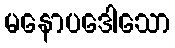
မနောပဒေါသော